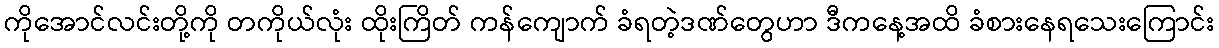
ကိုအောင်လင်းတို့ကို တကိုယ်လုံး ထိုးကြိတ် ကန်ကျောက် ခံရတဲ့ဒဏ်တွေဟာ ဒီကနေ့အထိ ခံစားနေရသေးကြောင်း